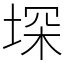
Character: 堔